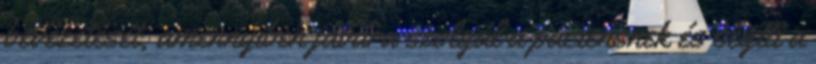
bevezetését, amennyiben javára szolgál a páciensnek és segíti a